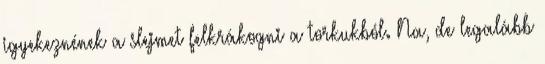
igyekeznének a slejmet felkrákogni a torkukból. Na, de legalább